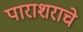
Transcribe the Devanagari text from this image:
पाराशराचे